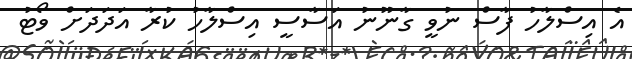
އެ އިސްލާހު ފާސް ނުވީ ގާނޫނު އަސާސީ އިސްލާހު ކުރާ އަދަދަށް ވޯޓު